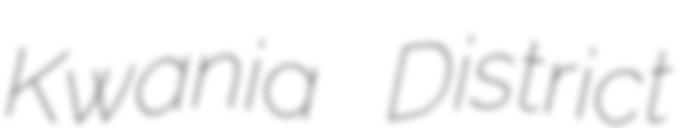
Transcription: Kwania District